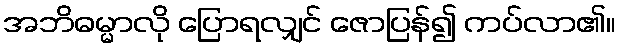
အဘိဓမ္မာလို ပြောရလျှင် ဇောပြန်၍ ကပ်လာ၏။